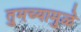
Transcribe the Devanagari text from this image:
तुमच्यामुळे